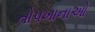
તોપખાનાઓ